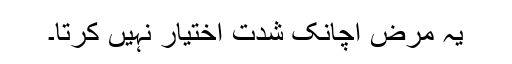
یہ مرض اچانک شدت اختیار نہیں کرتا۔